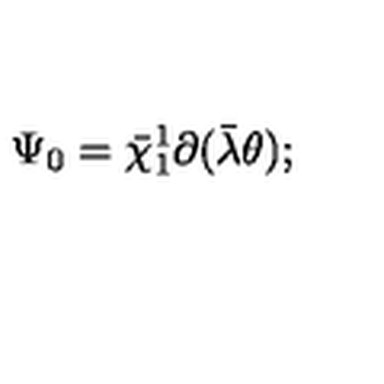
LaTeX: \Psi _ { 0 } = \bar { \chi } _ { 1 } ^ { 1 } \partial ( \bar { \lambda } \theta ) ;